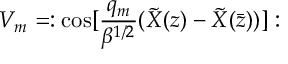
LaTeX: V _ { m } = : \mathrm { c o s } [ { \frac { q _ { m } } { \beta ^ { 1 / 2 } } } ( { \tilde { X } } ( z ) - { \tilde { X } } ( { \bar { z } } ) ) ] :